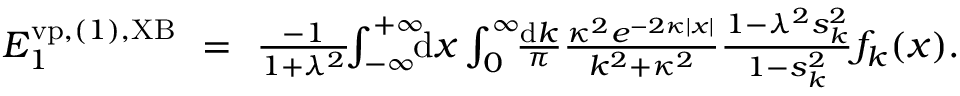
\begin{array} { r l r } { { \cal E } _ { 1 } ^ { \ensuremath { \mathrm { v p } } , ( 1 ) , \mathrm { X B } } \! \! } & { = } & { \! \! \frac { - 1 } { 1 + \lambda ^ { 2 } } \! \! \int _ { - \infty } ^ { + \infty } \! \! \! \mathrm { d } x \int _ { 0 } ^ { \infty } \! \! \frac { \mathrm d k } { \pi } \frac { \kappa ^ { 2 } e ^ { - 2 \kappa | x | } } { k ^ { 2 } + \kappa ^ { 2 } } \frac { 1 - \lambda ^ { 2 } s _ { k } ^ { 2 } } { 1 - s _ { k } ^ { 2 } } f _ { k } ( x ) . \; \; \; \; \; } \end{array}